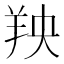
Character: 𫅐